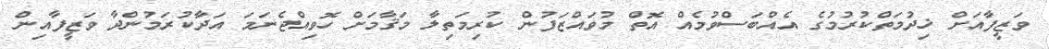
ވަޒީފާއަށް ޚިދުމަތްކުރުމުގެ އެއްބަސްވުމެއް އޮތް މުވައްޒަފުން ކުރިމަތިލާ މަޤާމަށް ހޮވިއްޖެނަމަ އަދާކުރަމުންދާ ވަޒީފާއިން